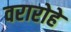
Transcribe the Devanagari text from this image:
वरारोहे